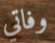
وفاتي